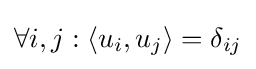
\forall i,j:\langle u_{i},u_{j}\rangle =\delta _{ij}